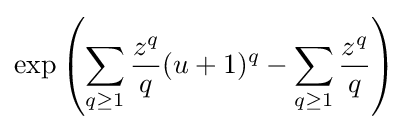
\exp \left(\sum _{q\geq 1}{\frac {z^{q}}{q}}(u+1)^{q}-\sum _{q\geq 1}{\frac {z^{q}}{q}}\right)